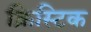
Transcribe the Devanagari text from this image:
क्रिस्टिक